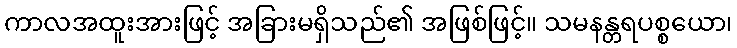
ကာလအထူးအားဖြင့် အခြားမရှိသည်၏ အဖြစ်ဖြင့်။ သမနန္တရပစ္စယော၊